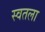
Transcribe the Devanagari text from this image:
स्वतला